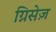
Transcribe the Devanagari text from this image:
ग्निसेज़